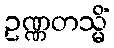
ဥဏ္ဏတသ္မိံ